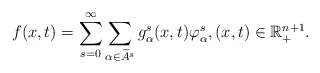
\begin{align*}f(x,t)=\sum\limits_{s=0}^{\infty}\sum\limits_{\alpha \in \widetilde{A}^{s}} g^{s}_{\alpha}(x,t)\varphi^{s}_{\alpha}, (x,t) \in \mathbb{R}^{n+1}_{+}.\end{align*}